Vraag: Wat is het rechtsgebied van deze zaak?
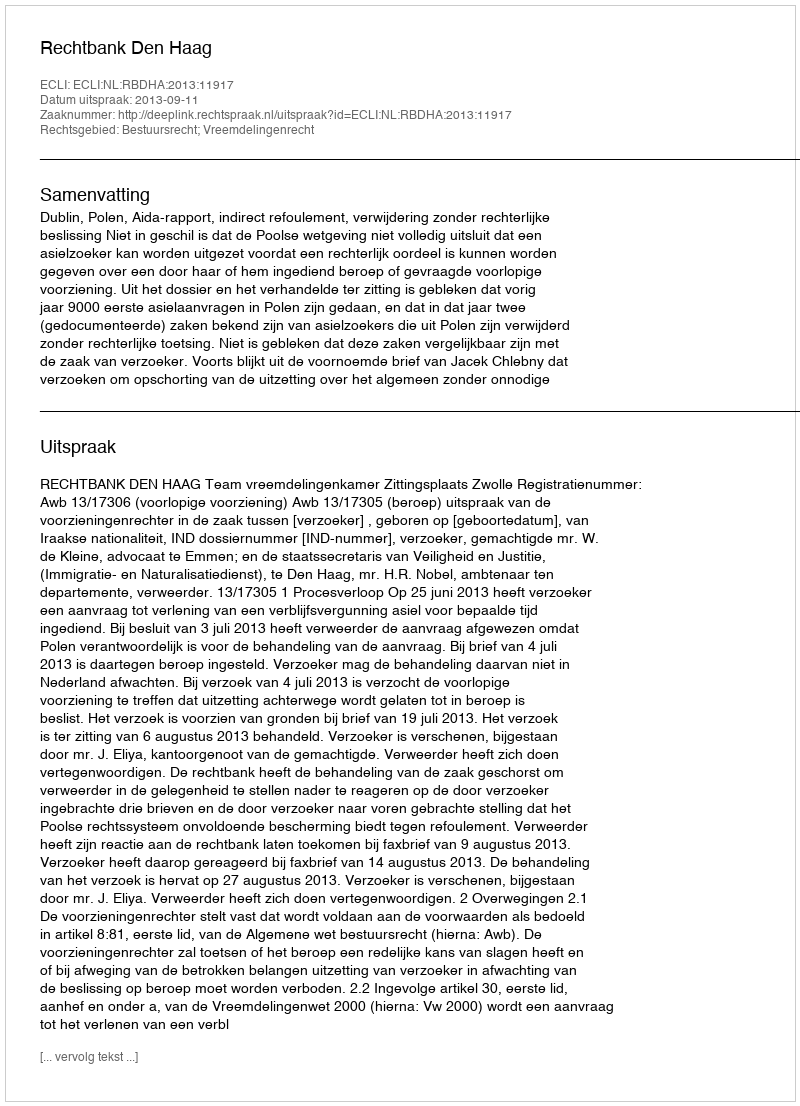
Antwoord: Bestuursrecht; Vreemdelingenrecht